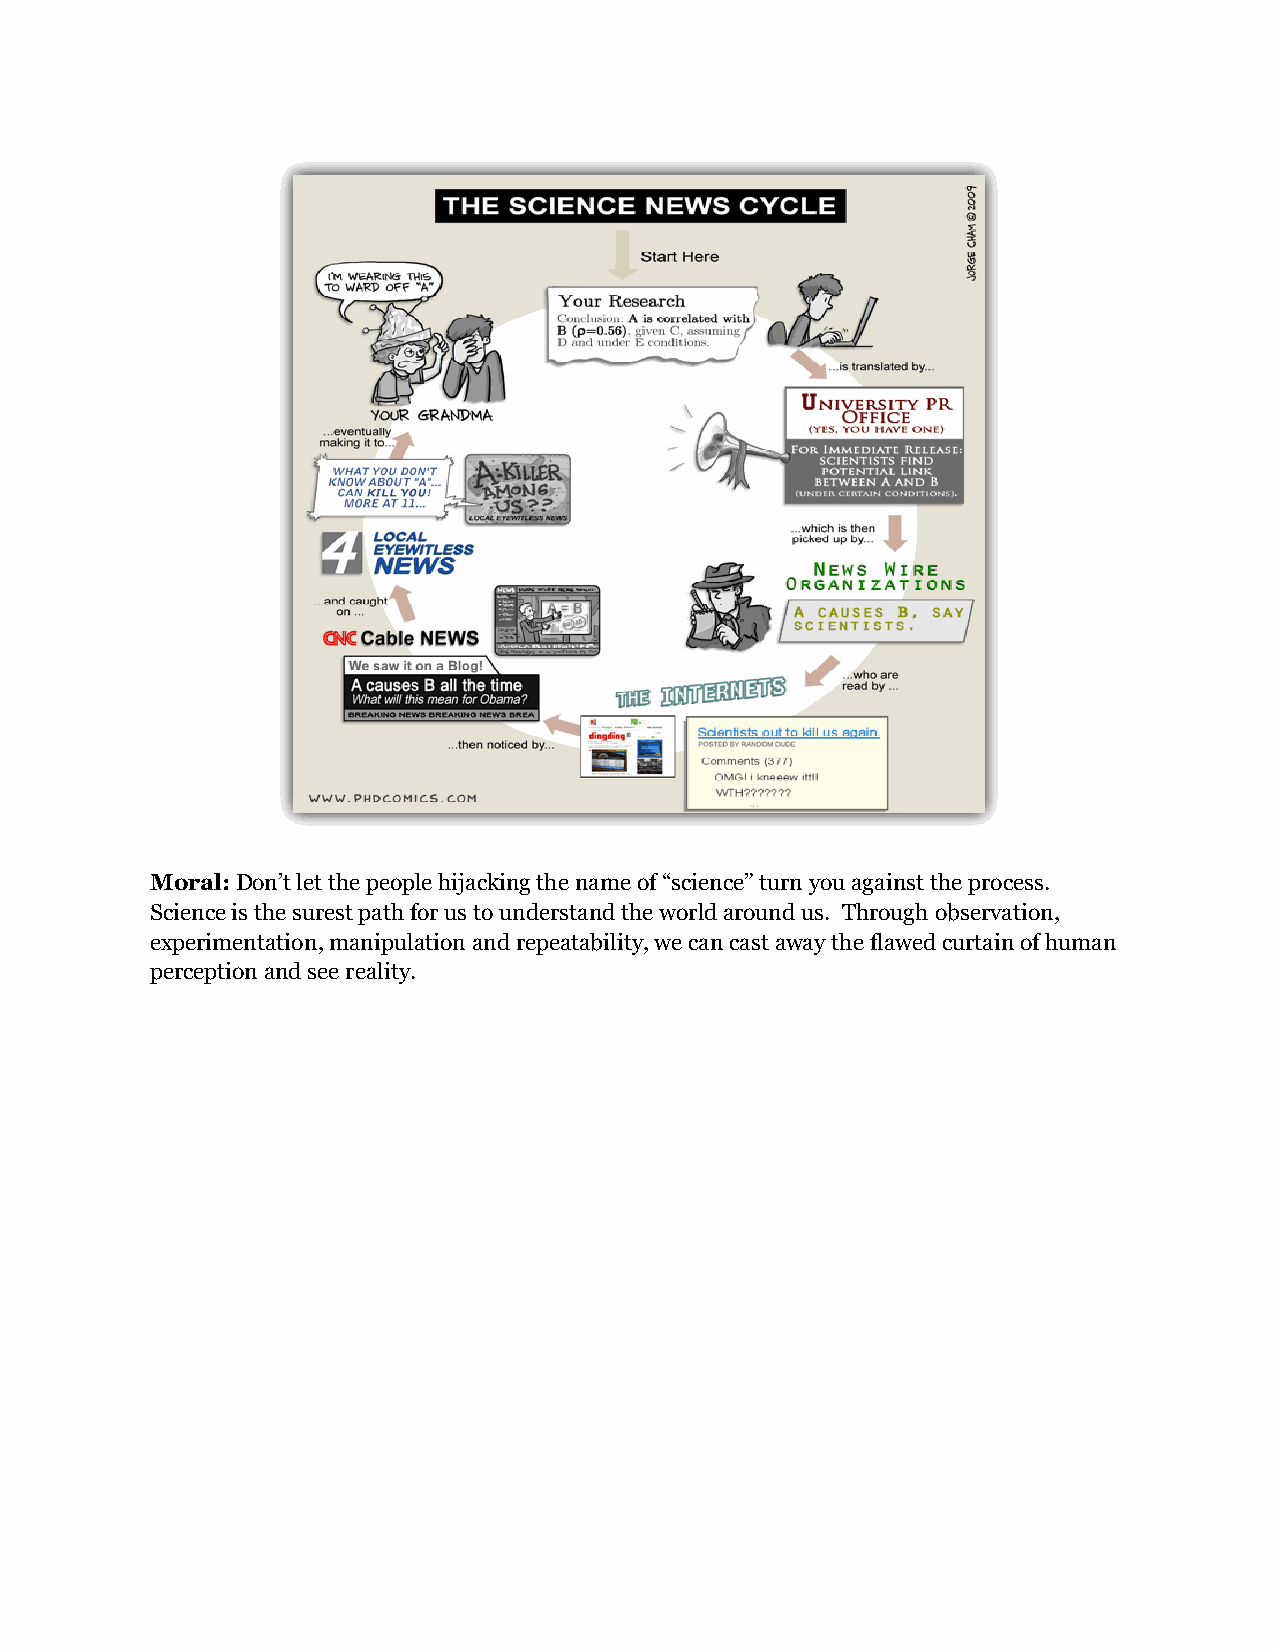
Moral: Don’t let the people hijacking the name of “science” turn you against the process.
 Science is the surest path for us to understand the world around us. Through observation,
 experimentation, manipulation and repeatability, we can cast away the flawed curtain of human
 perception and see reality.